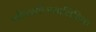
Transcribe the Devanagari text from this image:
फौंक्स्योंजनालितिक